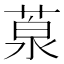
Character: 葲